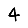
Digit: 4